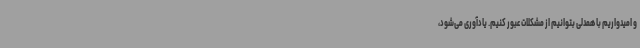
و امیدواریم با همدلی بتوانیم از مشکلات عبور کنیم. یادآوری می‌شود،